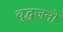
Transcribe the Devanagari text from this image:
वृद्धजनो